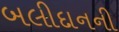
બલીદાનની